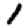
Digit: 1